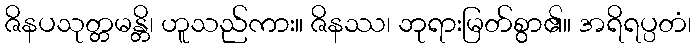
ဇိနပသုတ္တမန္တိ၊ ဟူသည်ကား။ ဇိနဿ၊ ဘုရားမြတ်စွာ၏။ အရိရပ္ပတံ၊